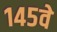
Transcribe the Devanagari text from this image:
१४५वे